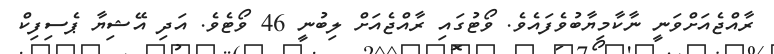
ރާއްޖެއަށްވަނީ ނާކާމިޔާބުވެފައެވެ. ވޯޓުގައި ރާއްޖެއަށް ލިބުނީ 46 ވޯޓެވެ. އަދި އޭޝިޔާ ޕެސިފިކް